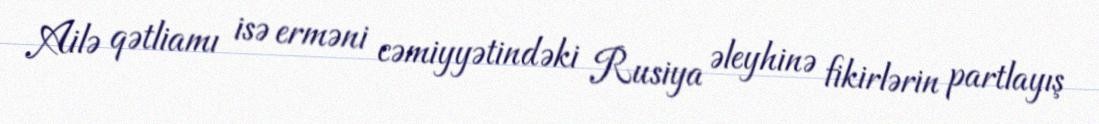
Ailə qətliamı isə erməni cəmiyyətindəki Rusiya əleyhinə fikirlərin partlayış